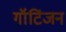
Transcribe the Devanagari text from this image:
गॉटिंजन